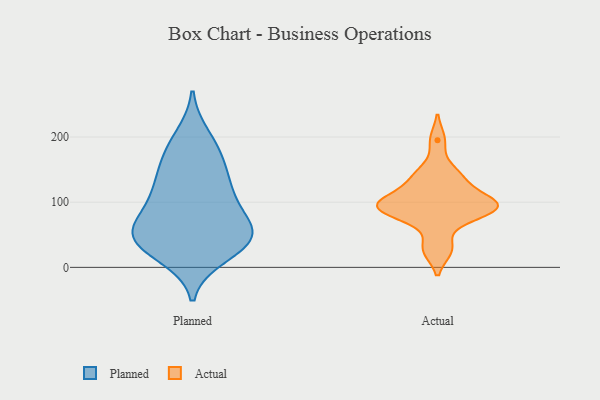
{"axis": {"x": "LTV (USD)", "y": "Value"}, "legend": ["Actual", "Planned"], "data": [{"x": "", "y": 177, "type": "Planned"}, {"x": "", "y": 87, "type": "Planned"}, {"x": "", "y": 171, "type": "Planned"}, {"x": "", "y": 39, "type": "Planned"}, {"x": "", "y": 46, "type": "Planned"}, {"x": "", "y": 96, "type": "Planned"}, {"x": "", "y": 35, "type": "Planned"}, {"x": "", "y": 56, "type": "Planned"}, {"x": "", "y": 55, "type": "Planned"}, {"x": "", "y": 119, "type": "Planned"}, {"x": "", "y": 200, "type": "Planned"}, {"x": "", "y": 134, "type": "Planned"}, {"x": "", "y": 131, "type": "Planned"}, {"x": "", "y": 19, "type": "Planned"}, {"x": "", "y": 40, "type": "Planned"}, {"x": "", "y": 58, "type": "Planned"}, {"x": "", "y": 104, "type": "Actual"}, {"x": "", "y": 146, "type": "Actual"}, {"x": "", "y": 91, "type": "Actual"}, {"x": "", "y": 30, "type": "Actual"}, {"x": "", "y": 101, "type": "Actual"}, {"x": "", "y": 27, "type": "Actual"}, {"x": "", "y": 78, "type": "Actual"}, {"x": "", "y": 98, "type": "Actual"}, {"x": "", "y": 88, "type": "Actual"}, {"x": "", "y": 137, "type": "Actual"}, {"x": "", "y": 195, "type": "Actual"}, {"x": "", "y": 95, "type": "Actual"}, {"x": "", "y": 82, "type": "Actual"}, {"x": "", "y": 134, "type": "Actual"}, {"x": "", "y": 99, "type": "Actual"}]}